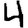
Digit: 4